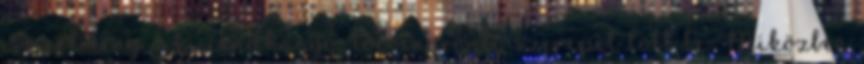
ismert lény, aki rendhagyó, törvényrontó szerepet tölt be. Miközben